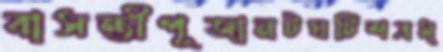
বাসন্তীপূজানটঘটিশত্রম্